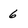
Character: 6